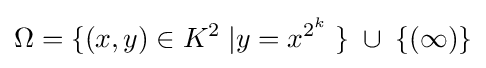
\Omega =\{(x,y)\in K^{2}\;|y=x^{2^{k}}\;\}\;\cup \;\{(\infty )\}